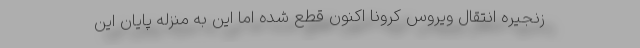
زنجیره انتقال ویروس کرونا اکنون قطع شده اما این به منزله پایان این